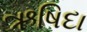
ઋષિદા